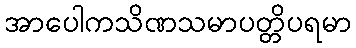
အာပေါကသိဏသမာပတ္တိပရမာ